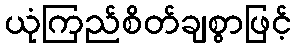
ယုံကြည်စိတ်ချစွာဖြင့်